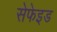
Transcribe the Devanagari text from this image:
सेफेइड